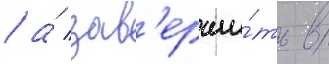
/ а́ зав'ерши́ть в